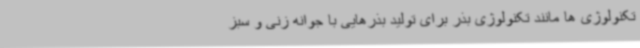
تکنولوژی ها مانند تکنولوژی بذر برای تولید بذرهایی با جوانه زنی و سبز